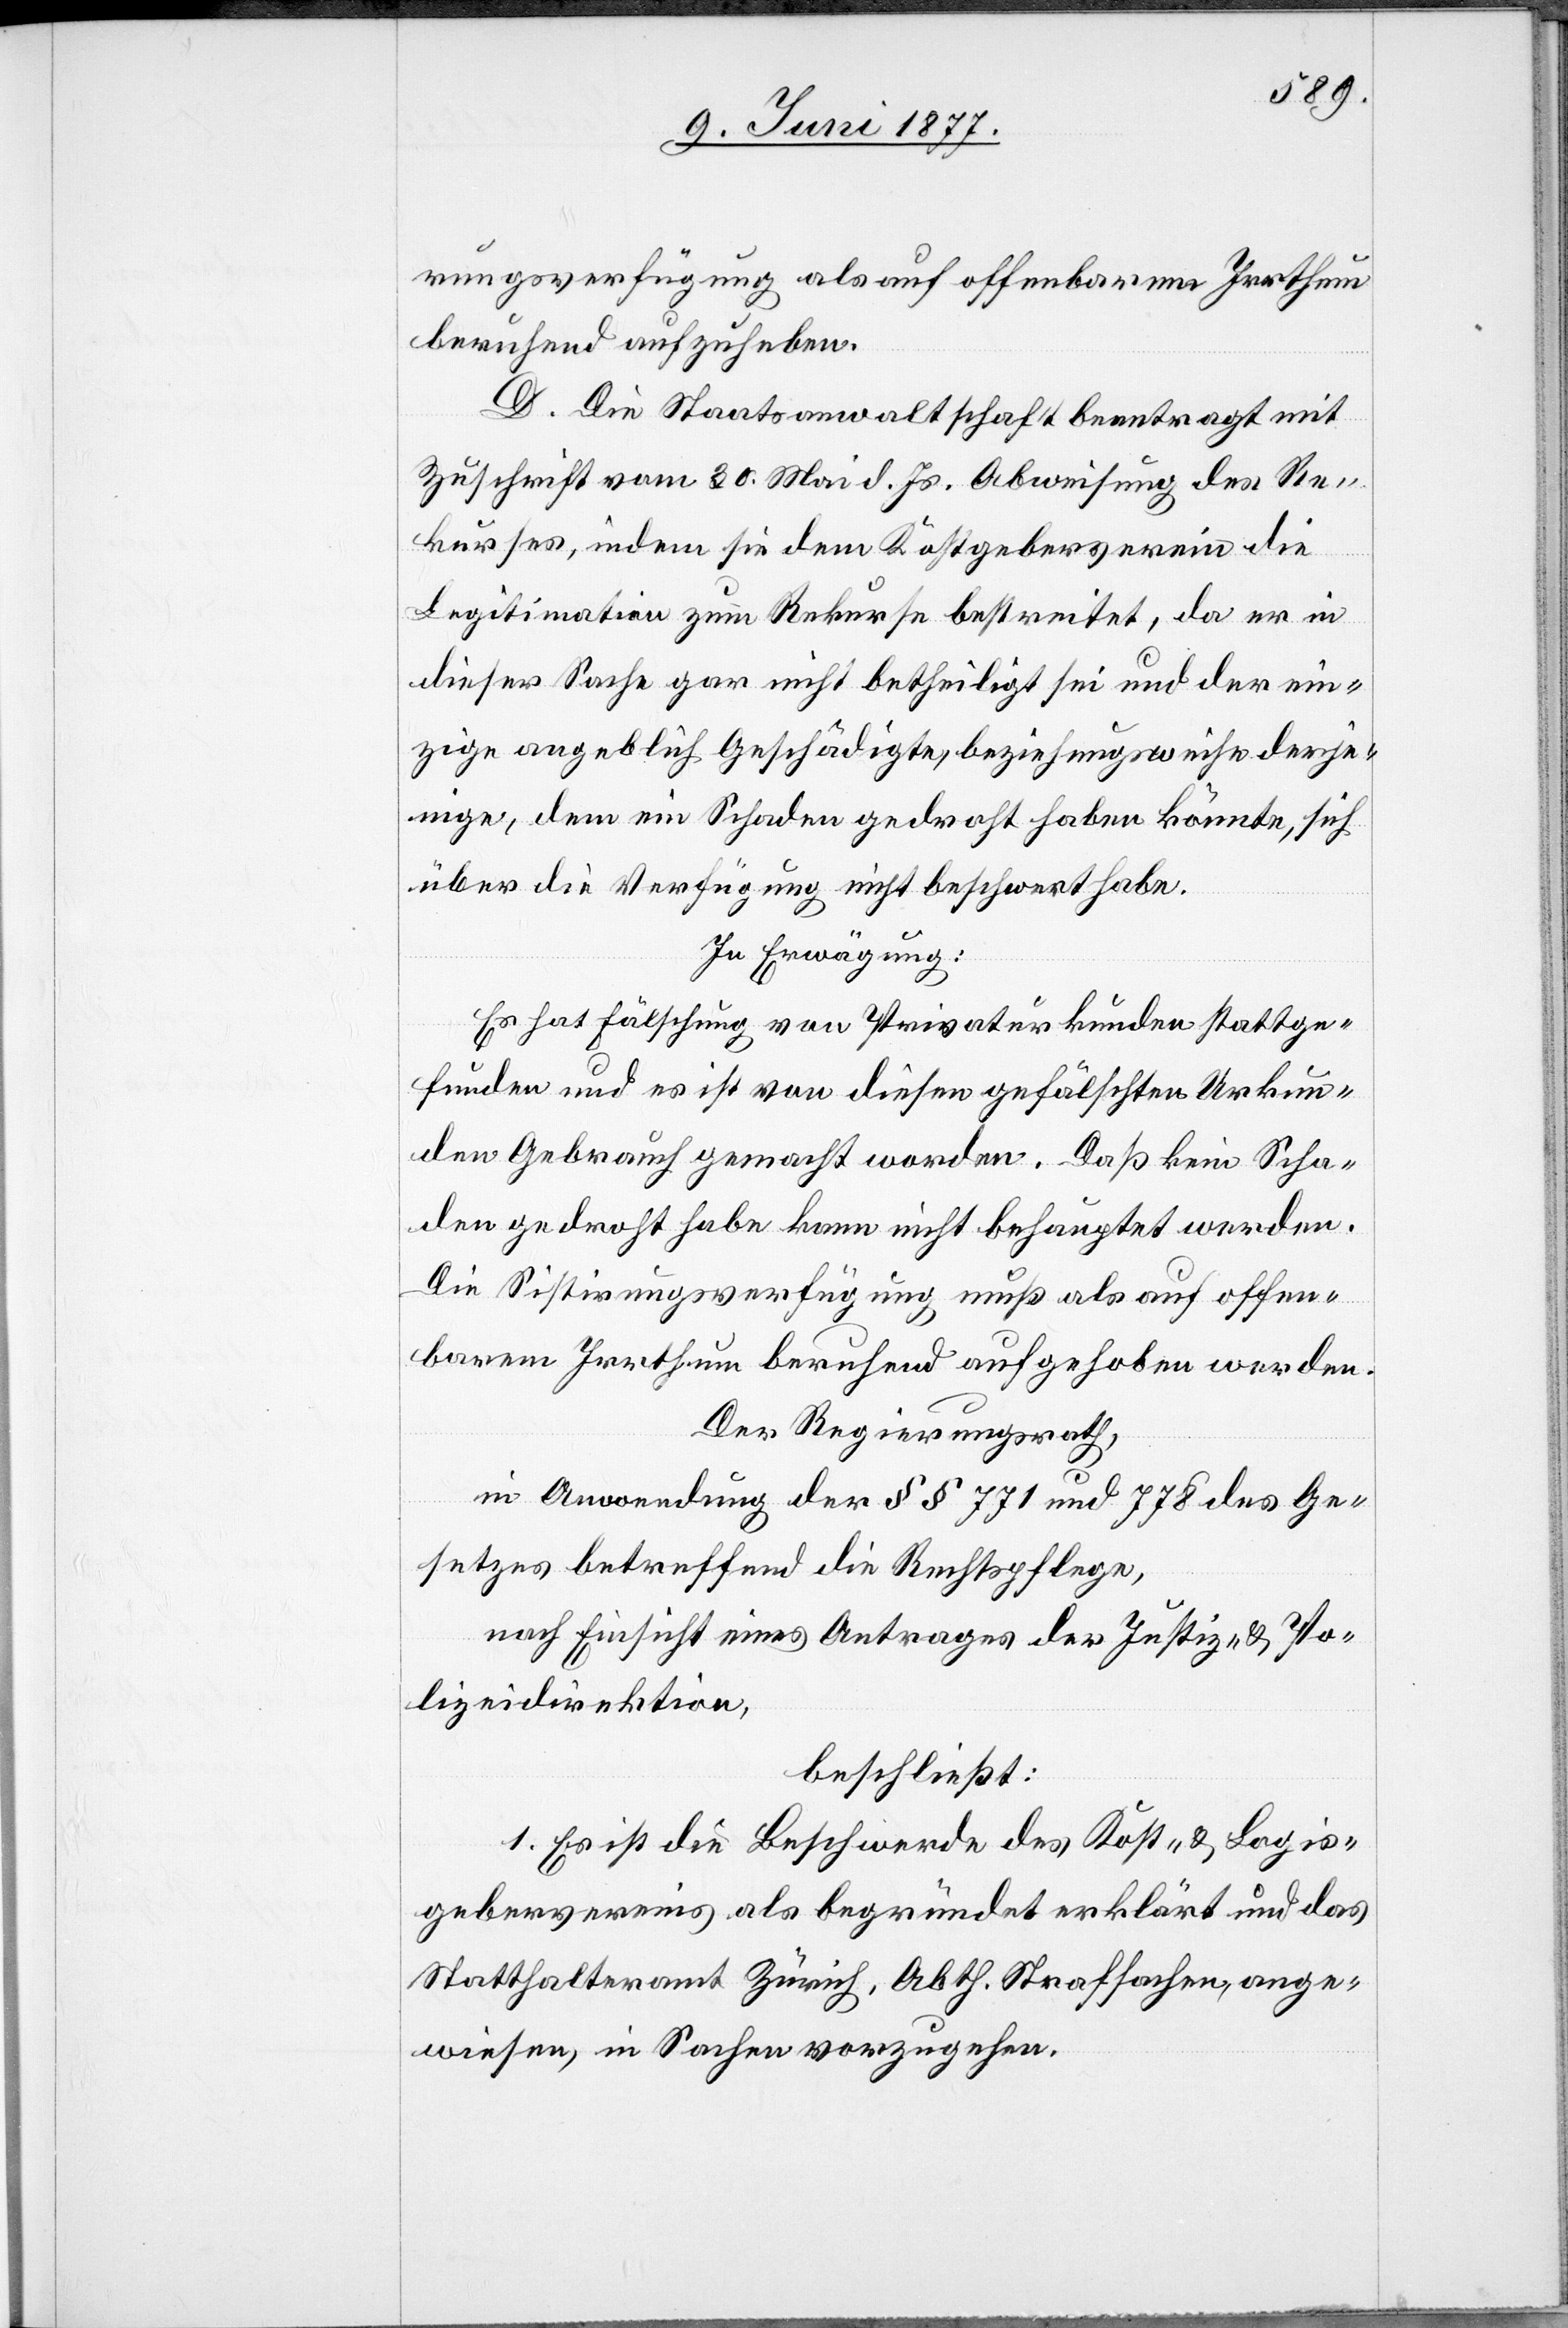
rungsverfügung als auf offenbarem Irrthum
beruhend aufzuheben.
D. Die Staatsanwaltschaft beantragt mit
Zuschrift vom 30. Mai d. Js. Abweisung des Re¬
kurses, indem sie dem Kostgeberverein die
Legitimation zum Rekurse bestreitet, da er in
dieser Sache gar nicht betheiligt sei und der ein¬
zige angeblich Geschädigte, beziehungsweise derje¬
nige, dem ein Schaden gedroht haben könnte, sich
über die Verfügung nicht beschwert habe.
In Erwägung:
Es hat Fälschung von Privaturkunden stattge¬
funden und es ist von diesen gefälschten Urkun¬
den Gebrauch gemacht worden. Daß kein Scha¬
den gedroht habe kann nicht behauptet werden.
Die Sistirungsverfügung muß als auf offen¬
barem Irrthum beruhend aufgehoben werden.
Der Regierungsrath,
in Anwendung der §§ 771 und 778 des Ge¬
setzes betreffend Rechtspflege,
nach Einsicht eines Antrages der Justiz- & Po¬
lizeidirektion,
beschließt:
1. Es ist die Beschwerde des Kost- & Logis¬
gebervereins als begründet erklärt und das
Statthalteramt Zürich, Abth. Strafsachen, ange¬
wiesen, in Sachen vorzugehen.